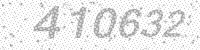
Solution: 410632